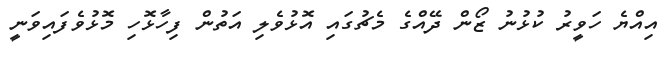
އިއްޔެ ހަވީރު ކުޅުނު ޒޯން ދޭއްގެ މެޗުގައި އޮޅުވެލި އަތުން ފިހާޅޮހި މޮޅުވެފައިވަނީ